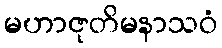
မဟာဇုတိမနာသဝံ